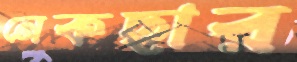
নেকছার